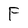
Character: F